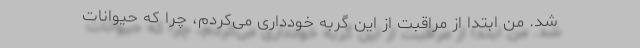
شد. من ابتدا از مراقبت از این گربه خودداری می‌کردم، چرا که حیوانات